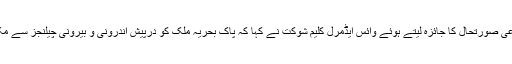
سیکیورٹی کی مجموعی صورتحال کا جائزہ لیتے ہوئے وائس ایڈمرل کلیم شوکت نے کہا کہ پاک بحریہ ملک کو درپیش اندرونی و بیرونی چیلنجز سے مکمل طور پر آگاہ ہے۔